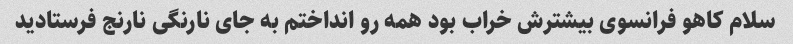
سلام کاهو فرانسوی بیشترش خراب بود همه رو انداختم به جای نارنگی نارنج فرستادید